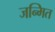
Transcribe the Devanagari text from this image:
जन्मित